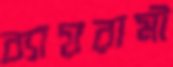
ব্যায়রামী